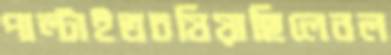
পাল্‌টাইতচষিয়াছিলেনল